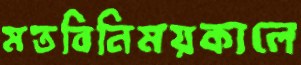
মতবিনিময়কালে